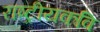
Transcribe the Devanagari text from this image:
राष्ट्रीयकवि